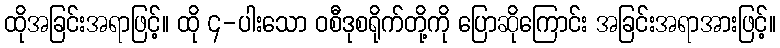
ထိုအခြင်းအရာဖြင့်။ ထို ၄-ပါးသော ဝစီဒုစရိုက်တို့ကို ပြောဆိုကြောင်း အခြင်းအရာအားဖြင့်။